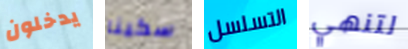
يدخلون سكينا التسلسل لتنهي